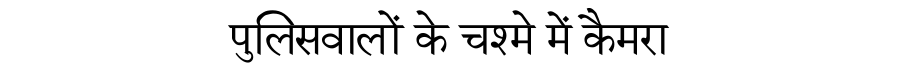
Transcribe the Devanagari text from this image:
पुलिसवालों के चश्मे में कैमरा